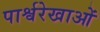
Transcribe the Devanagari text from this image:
पार्श्वरेखाओं